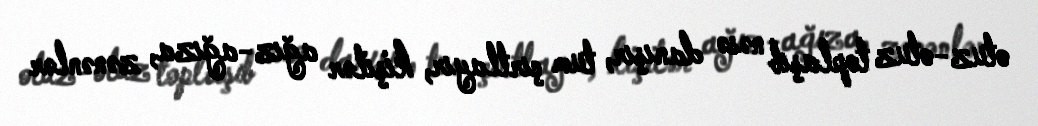
otuz-otuz toplaşıb nəsə danışır, tum çırtlayır, kişilər ağız-ağıza, zənənlər